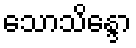
သောသိန္ဒော